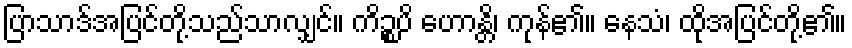
ပြာသာဒ်အပြင်တို့သည်သာလျှင်။ ကိဉ္စပိ ဟောန္တိ၊ ကုန်၏။ နေသံ၊ ထိုအပြင်တို့၏။